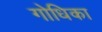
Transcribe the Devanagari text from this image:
गोधिका